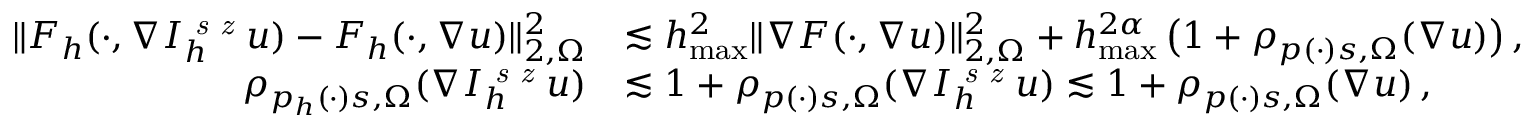
\begin{array} { r } { \begin{array} { r l } { \| F _ { h } ( \cdot , \nabla I _ { h } ^ { \textit { s z } } u ) - F _ { h } ( \cdot , \nabla u ) \| _ { 2 , \Omega } ^ { 2 } } & { \lesssim h _ { \operatorname* { m a x } } ^ { 2 } \| \nabla F ( \cdot , \nabla u ) \| _ { 2 , \Omega } ^ { 2 } + h _ { \operatorname* { m a x } } ^ { 2 \alpha } \, \big ( 1 + \rho _ { p ( \cdot ) s , \Omega } ( \nabla u ) \big ) \, , } \\ { \rho _ { p _ { h } ( \cdot ) s , \Omega } ( \nabla I _ { h } ^ { \textit { s z } } u ) } & { \lesssim 1 + \rho _ { p ( \cdot ) s , \Omega } ( \nabla I _ { h } ^ { \textit { s z } } u ) \lesssim 1 + \rho _ { p ( \cdot ) s , \Omega } ( \nabla u ) \, , } \end{array} } \end{array}